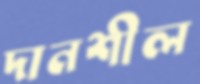
দানশীল